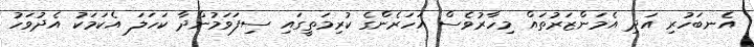
އެނބަހުރި އަދި އެމަންޒަރުތައް މިހާރުވެސް އަހަރެންގެ ކުރިމަތީގައި ސިފަވަމުންދާ ކަހަލަ އެކަމަކު އެދުވަހު